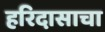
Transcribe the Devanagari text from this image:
हरिदासाचा